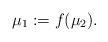
LaTeX: \begin{align*}\mu_1:= f(\mu_2).\end{align*}